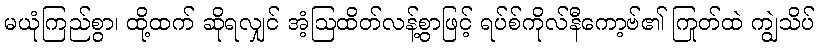
မယုံကြည်စွာ၊ ထို့ထက် ဆိုရလျှင် အံ့ဩထိတ်လန့်စွာဖြင့် ရပ်စ်ကိုလ်နီကော့ဗ်၏ ကြုတ်ထဲ ကျွဲသိပ်